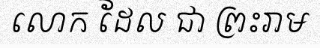
លោក ដែល ជា ព្រះរាម